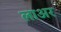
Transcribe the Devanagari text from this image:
लाअर